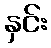
နှင်း